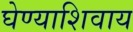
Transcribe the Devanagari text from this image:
घेण्याशिवाय